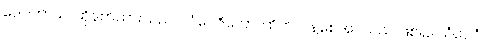
ဒေဝတာယ၊ ထိုနတ်သားသည်။ သံဝေဇိတော၊ ထိတ်လန့်စေအပ်သည် ဖြစ်၍။ သံဝေဂံ၊